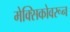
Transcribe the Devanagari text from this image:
मेक्सिकोवरून